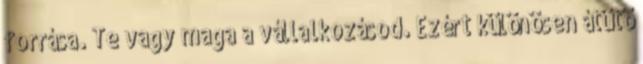
forrása. Te vagy maga a vállalkozásod. Ezért különösen átütő